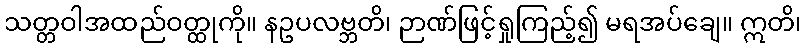
သတ္တဝါအထည်ဝတ္ထုကို။ နဥပလဗ္ဘတိ၊ ဉာဏ်ဖြင့်ရှုကြည့်၍ မရအပ်ချေ။ ဣတိ၊